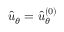
\hat { u } _ { \theta } = \hat { u } _ { \theta } ^ { \left( 0 \right) }